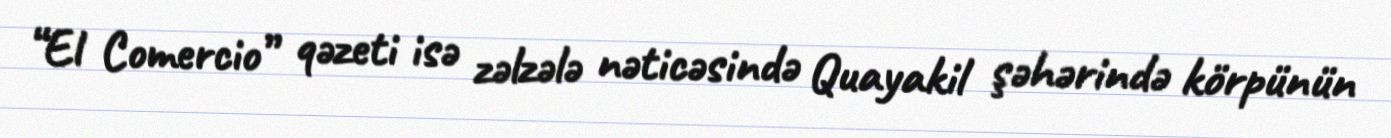
“El Comercio” qəzeti isə zəlzələ nəticəsində Quayakil şəhərində körpünün